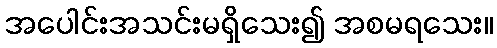
အပေါင်းအသင်းမရှိသေး၍ အစမရသေး။